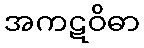
အကဋဝိဓာ